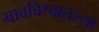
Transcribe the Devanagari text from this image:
भावविश्वातल्या